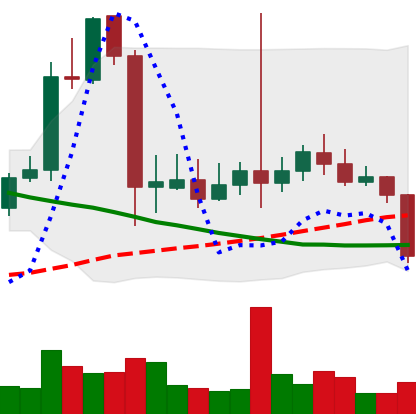
Ticker: LTC-USD
Chart end date: 2021-09-20
Forward return: -3.376%
Label: down_3_5